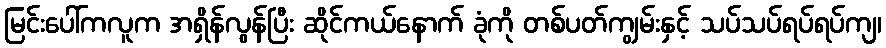
မြင်းပေါ်ကလူက အရှိန်လွန်ပြီး ဆိုင်ကယ်နောက် ခုံကို တစ်ပတ်ကျွမ်းနှင့် သပ်သပ်ရပ်ရပ်ကျ၊